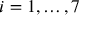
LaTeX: i = 1 , \dots , 7